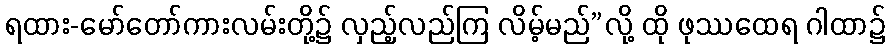
ရထား-မော်တော်ကားလမ်းတို့၌ လှည့်လည်ကြ လိမ့်မည်”လို့ ထို ဖုဿထေရ ဂါထာ၌